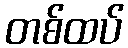
တစ်ထပ်